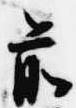
前